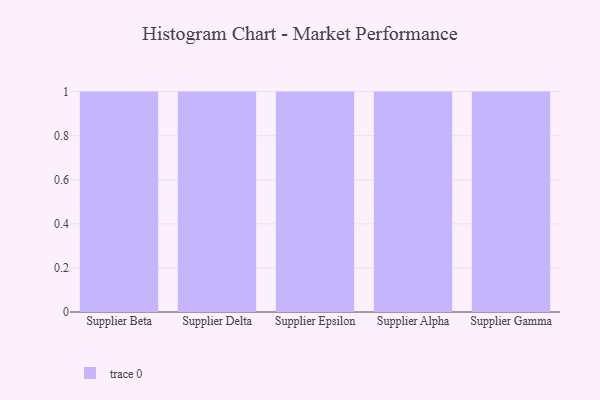
{"axis": {"x": "Supplier", "y": "Population (Million)"}, "legend": [""], "data": [{"x": "Supplier Beta", "y": 18, "type": ""}, {"x": "Supplier Delta", "y": 26, "type": ""}, {"x": "Supplier Epsilon", "y": 59, "type": ""}, {"x": "Supplier Alpha", "y": 33, "type": ""}, {"x": "Supplier Gamma", "y": 23, "type": ""}]}